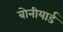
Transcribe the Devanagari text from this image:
बोनीयार्ड